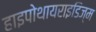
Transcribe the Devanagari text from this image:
हाइपोथायराइडिज्म